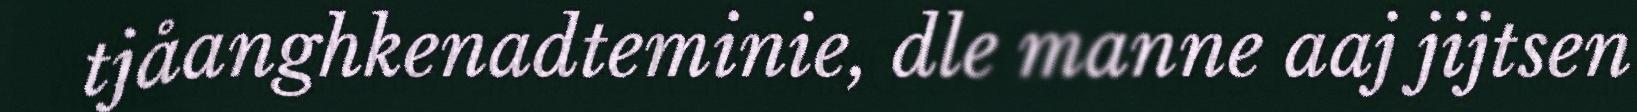
tjåanghkenadteminie, dle manne aaj jijtsen